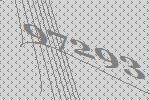
97293